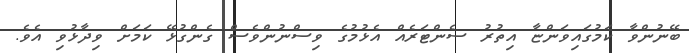
ބޭނުންވާ ކަމުގައިވަންޏާ އިތުރު ސެންޓަރެއް އެޅުމުގެ ވިސްނުންވެސް ގެންގުޅޭ ކަމަށް ވިދާޅުވި އެވެ.